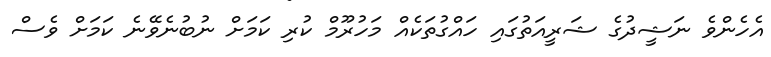
އެހެންވެ ނަޝީދުގެ ޝަރީއަތުގައި ހައްގުތަކެއް މަހުރޫމް ކުރި ކަމަށް ނުބުނެވޭނެ ކަމަށް ވެސް